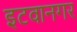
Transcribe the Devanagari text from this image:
इटवानगर